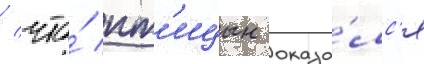
/ что́ пт'ицын оказа́лс'я